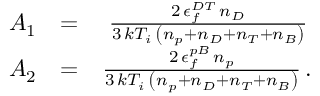
\begin{array} { r l r } { A _ { 1 } } & { = } & { \frac { 2 \, \epsilon _ { f } ^ { D T } \, n _ { D } } { 3 \, k T _ { i } \, \left( n _ { p } + n _ { D } + n _ { T } + n _ { B } \right) } \, } \\ { A _ { 2 } } & { = } & { \frac { 2 \, \epsilon _ { f } ^ { p B } \, n _ { p } } { 3 \, k T _ { i } \, \left( n _ { p } + n _ { D } + n _ { T } + n _ { B } \right) } \, . } \end{array}